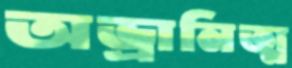
অভ্রানিত্ম